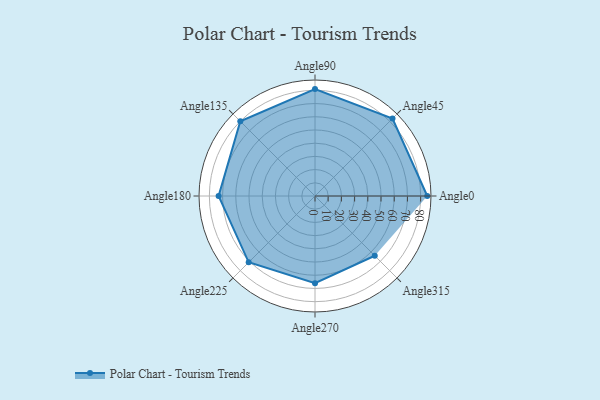
{"axis": {"x": "Angle", "y": "Radius"}, "legend": [""], "data": [{"x": "Angle0", "y": 85.0, "type": ""}, {"x": "Angle45", "y": 83.0, "type": ""}, {"x": "Angle90", "y": 81.0, "type": ""}, {"x": "Angle135", "y": 80.0, "type": ""}, {"x": "Angle180", "y": 73.0, "type": ""}, {"x": "Angle225", "y": 71.0, "type": ""}, {"x": "Angle270", "y": 66.0, "type": ""}, {"x": "Angle315", "y": 64.0, "type": ""}]}